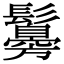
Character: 䰓